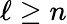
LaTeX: \ell\geq n